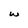
Character: w